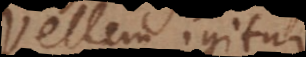
Vellem igitur